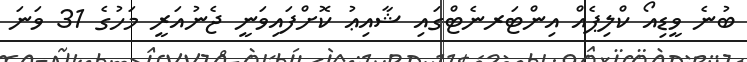
ބުނެ ވީޑިއޯ ކްލިޕެއް އިންޓަރނެޓްގައި ޝާއިޢު ކޮށްފައިވަނީ ޖެނުއަރީ މަހުގެ 31 ވަނަ